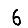
Digit: 6